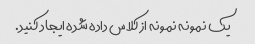
یک نمونه نمونه از کلاس داده شده ایجاد کنید.